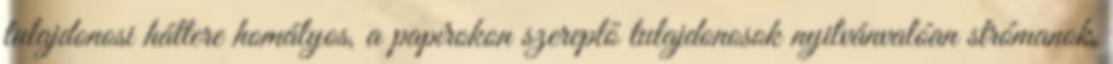
tulajdonosi háttere homályos, a papírokon szereplő tulajdonosok nyilvánvalóan strómanok,